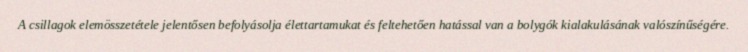
A csillagok elemösszetétele jelentősen befolyásolja élettartamukat és feltehetően hatással van a bolygók kialakulásának valószínűségére.